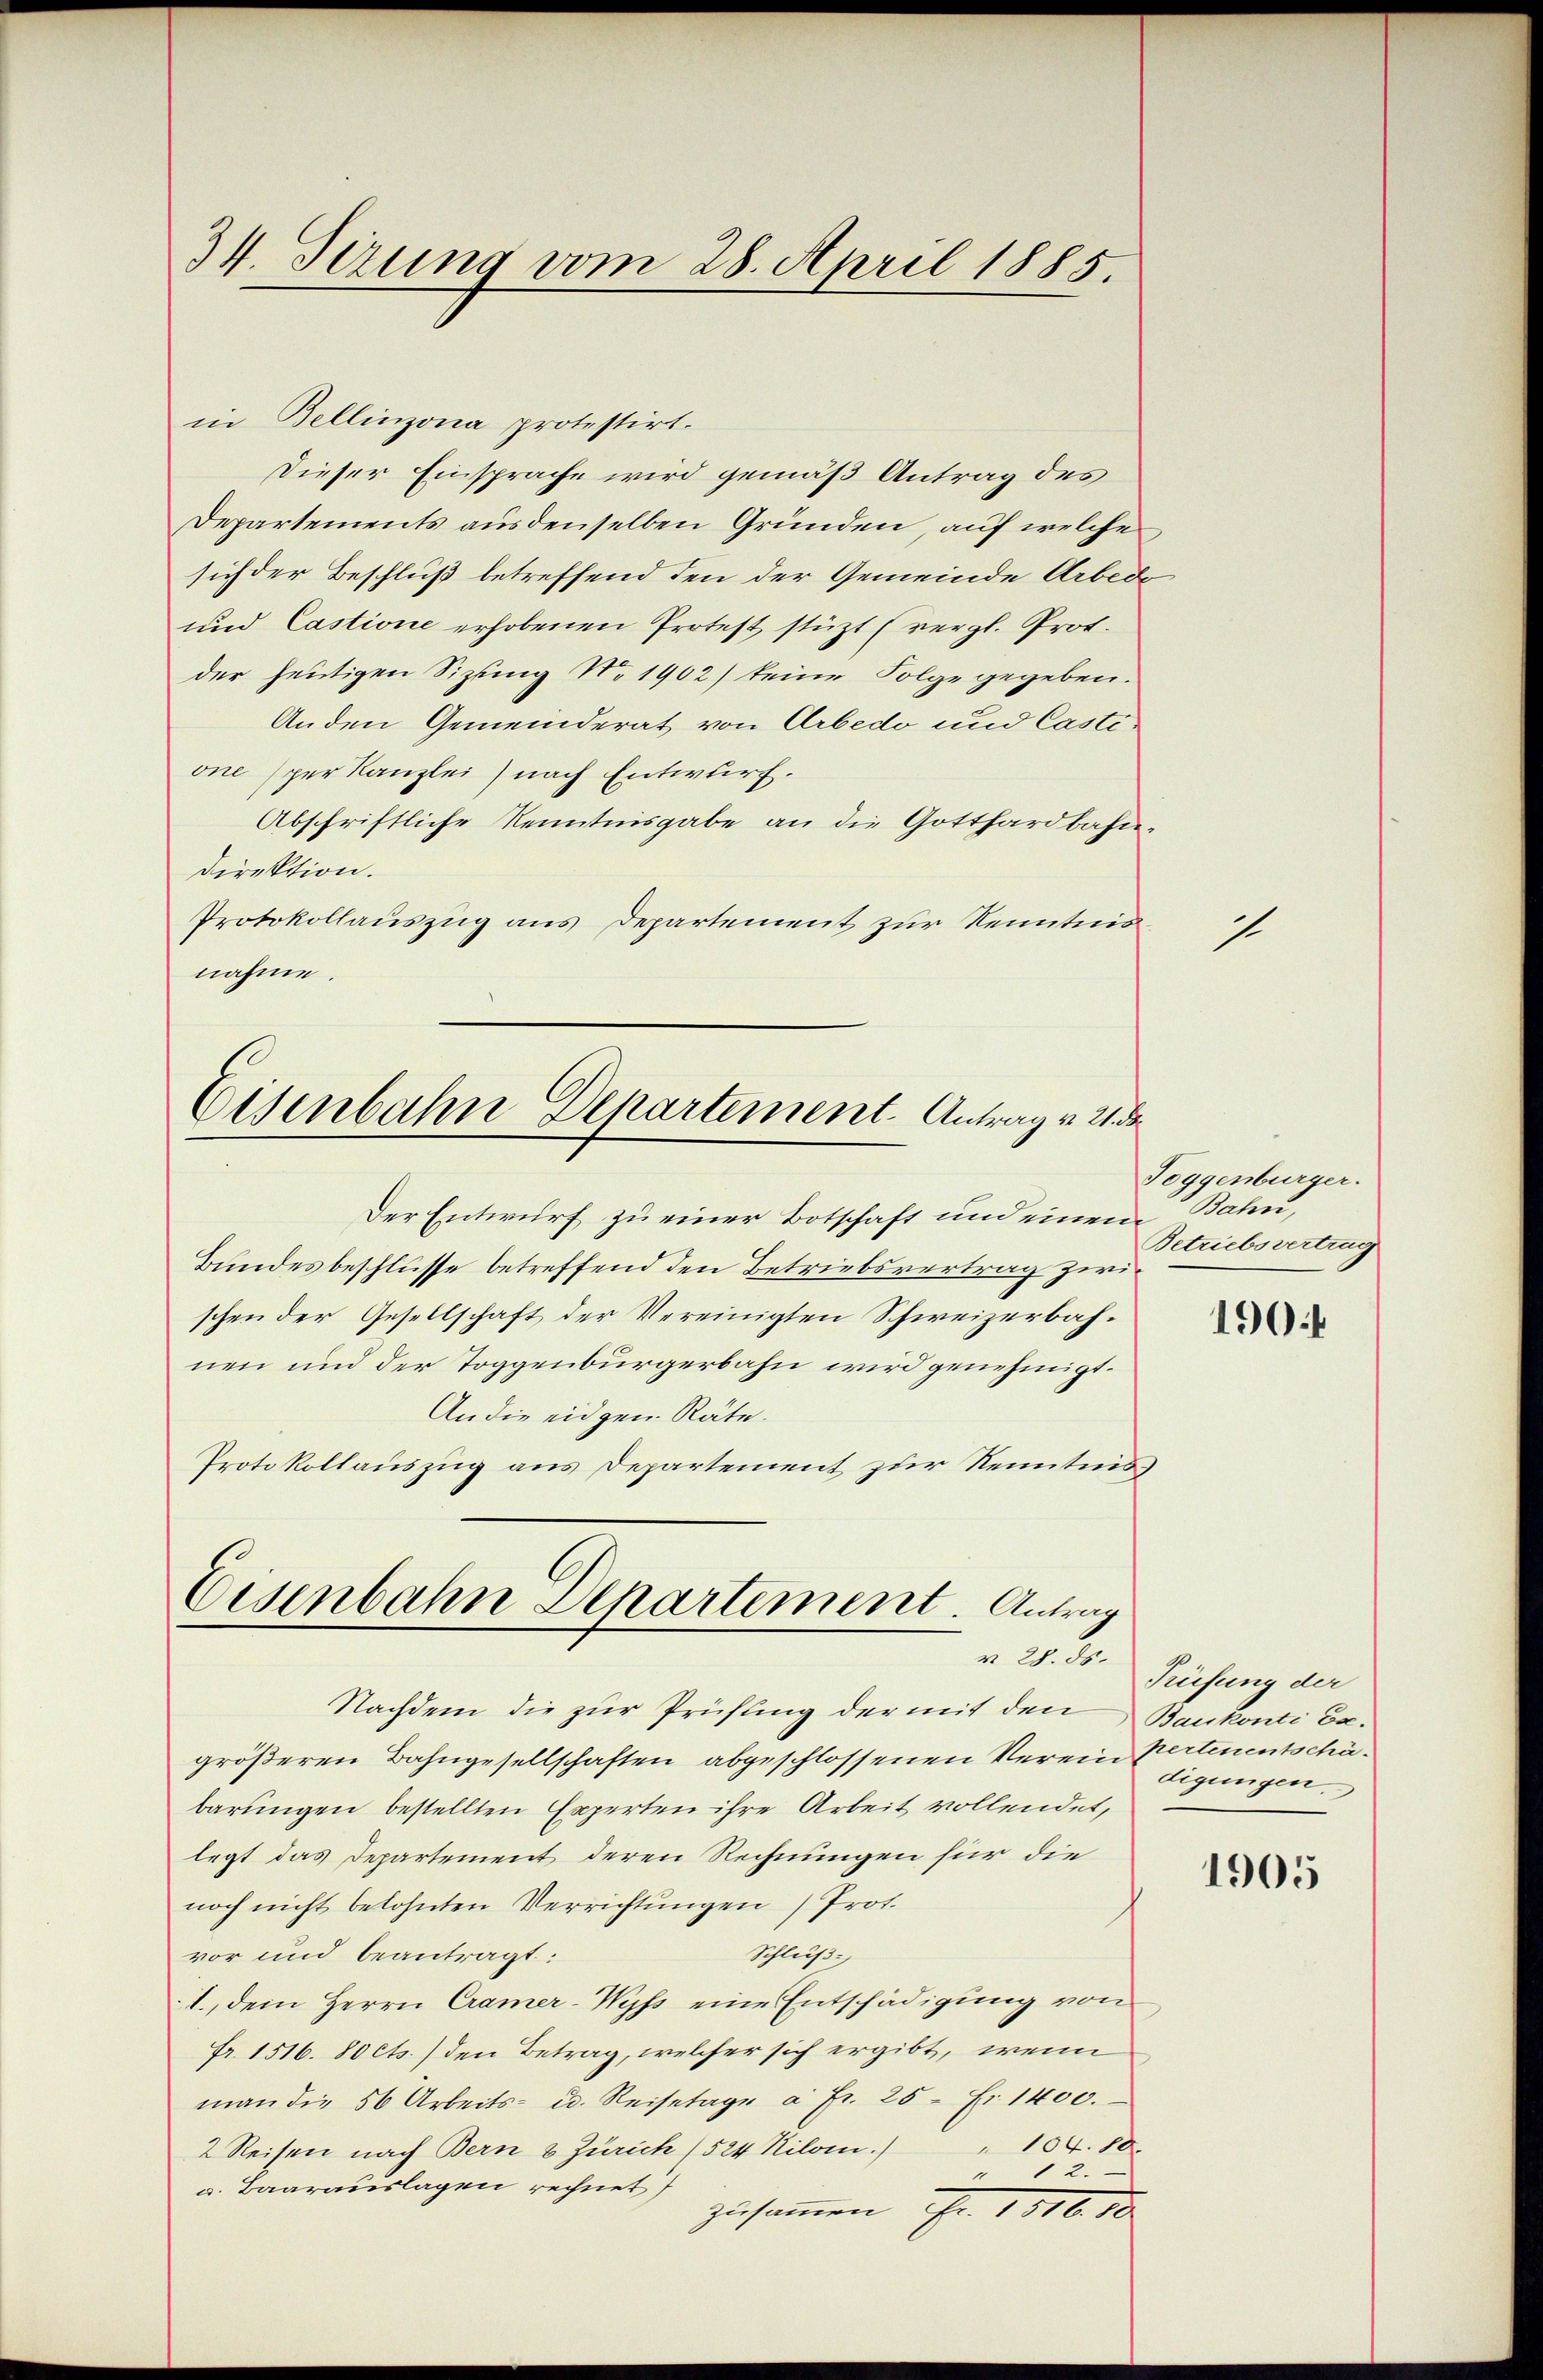
34. Sizung vom 28. April 1885.

in Bellinzona protestirt.
Dieser Einsprache wird gemäß Antrag des
Departements aus denselben Gründen, auf welche
sich der Beschluß betreffend den der Gemeinde Arbedo
und Castione erhobenen Protest stüzt (vergl. Prof.
der heutigen Sitzung No 1902) keine Folge gegeben.
Anden Gemeinderat von Arbedo und Castione per Kanzlei nach Entwurf.
Abschriftliche Kenntnisgabe an die Gotthardbahn¬
Direktion.
Protokollauszug aus Departement zur Kenntnisnahme.

Der Entwurf zu einer Botschaft und einem Bahn,
Bundesbeschlüsse betreffend den Betriebsvertrag zwischen der Gesellschaft der Vereinigten Schweizerbahnen und der Toggenbürgerbahn wird genehmigt.
An die eidgen Räte.
Protokollauszug aus Departement zur Kenntnis¬

Eisenbahn Departement. Antrag v. 21. de

Eisenbahn Departement. Antrag
v 28. ds.

Nachdem die zur Prüfung der mit den Baukonti be-
größeren Bahngesellschaften abgeschlossenen Verein Pertinentschäbarungen bestellten Experten ihre Arbeit vollendet,
legt das Departement deren Rechnungen für die
noch nicht belohnten Verrichtungen Prot.
vor und beantragt:
Schluß.
1., dem Herrn Cramer-Wyss eine Entschädigung von
Fr. 1516. 80 cts.) den Betrag, welcher sich ergibt, wenn
man die 50 Arbeits- u. Reisetage à Fr. 25 Fr. 1400.
2 Reisen nach Bern & Zürich (524 Kilom.) " 104. 80.
" 12.
a. Baarauslagen rechnet
zusammen Fr. 1806. 10.

1

Toggenburger.
Betriebsvertrag

1904

Trüfung der
digungen.

1905